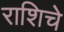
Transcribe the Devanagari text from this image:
राशिचे